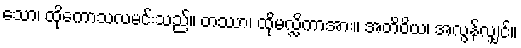
သော၊ ထိုကောသလမင်းသည်။ တဿာ၊ ထိုမလ္လိကာအား။ အတိဝိယ၊ အလွန်လျှင်။